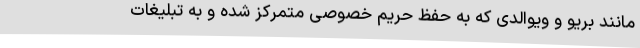
مانند بریو و ویوالدی که به حفظ حریم خصوصی متمرکز شده و به تبلیغات